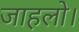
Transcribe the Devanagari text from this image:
जाहलो।